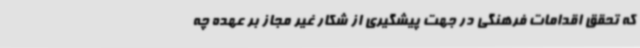
که تحقق اقدامات فرهنگی در جهت پیشگیری از شکار غیر مجاز بر عهده چه